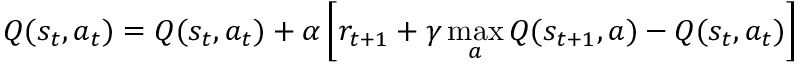
Q ( s _ { t } , a _ { t } ) = Q ( s _ { t } , a _ { t } ) + \alpha \left[ r _ { t + 1 } + \gamma \operatorname* { m a x } _ { a } Q ( s _ { t + 1 } , a ) - Q ( { s _ { t } , a _ { t } } ) \right]